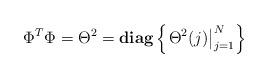
LaTeX: \begin{align*}\Phi^{T}\Phi = \Theta^{2}={\rm\bf diag}\left\{\left.\Theta^{2}(j) \right|_{j=1}^{N}\right\}\end{align*}